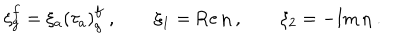
\xi _ { g } ^ { f } = \xi _ { a } \left( \tau _ { a } \right) _ { g } ^ { f } \; , \qquad \xi _ { 1 } = \mathrm { R e } \, \eta \; , \qquad \xi _ { 2 } = - \mathrm { I m } \, \eta \; .